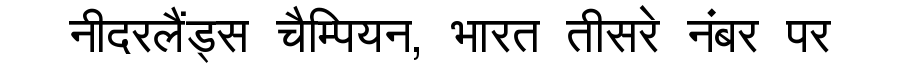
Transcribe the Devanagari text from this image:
नीदरलैंड्स चैम्पियन, भारत तीसरे नंबर पर